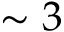
\sim 3